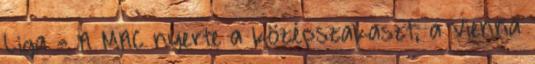
Liga - A MAC nyerte a középszakaszt, a Vienna